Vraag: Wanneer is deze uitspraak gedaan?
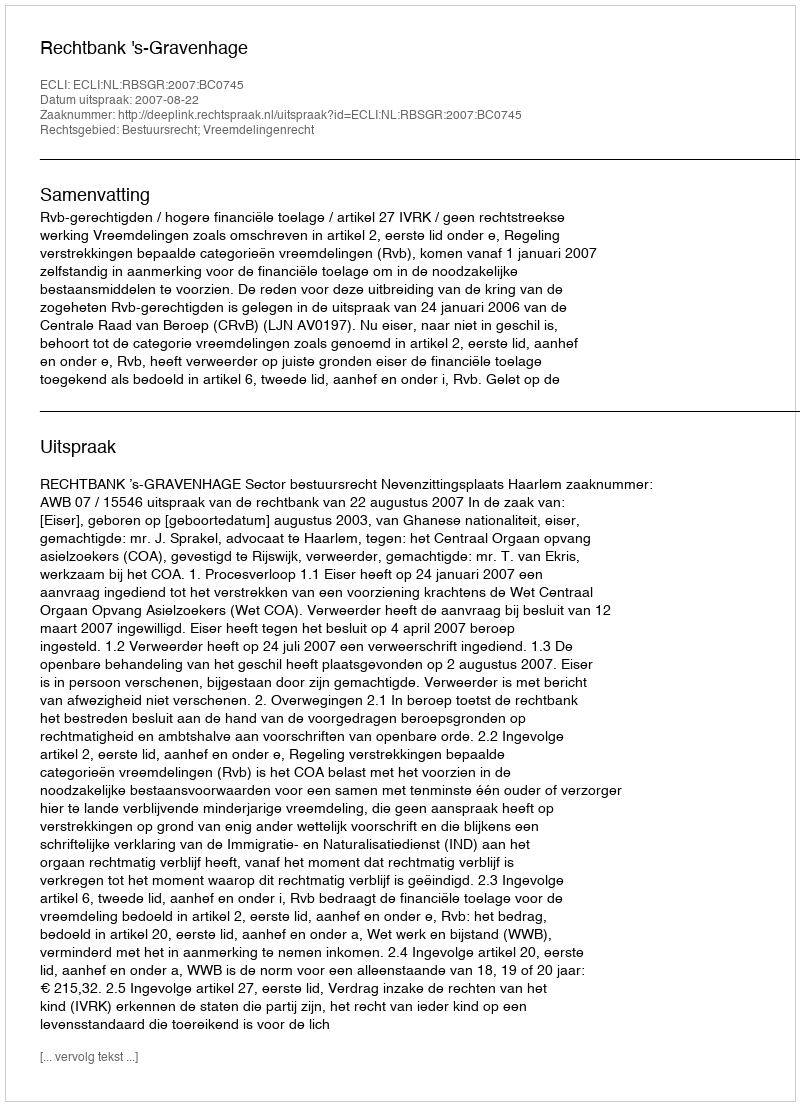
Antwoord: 2007-08-22